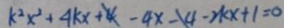
k ^ { 2 } x ^ { 2 } + 4 k x + 4 - 4 x - 4 - 2 k x + z = 0